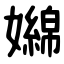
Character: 嬵